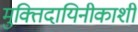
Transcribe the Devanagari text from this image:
मुक्तिदायिनीकाशी